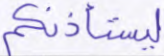
ليستأذنكم